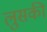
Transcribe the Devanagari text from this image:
लुसकी